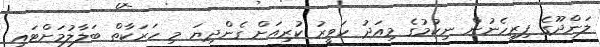
ލަންދޫގެ ފިރިހެނުން ނިކުމުގެ މިއަދު ހަވީރު ކުރިއަށް ގެންދިޔަ މި ހަރަކާތް ބަލާލުމަށްޓައި